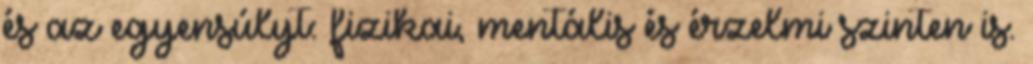
és az egyensúlyt: fizikai, mentális és érzelmi szinten is.